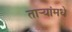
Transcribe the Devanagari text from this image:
तार्‍यांमधे